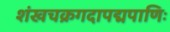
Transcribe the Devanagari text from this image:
शंखचक्रगदापद्मपाणिः